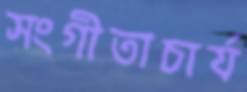
সংগীতাচার্য